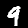
Digit: 9